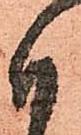
付